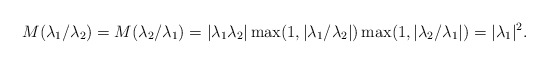
\begin{align*} M(\lambda_1/\lambda_2)=M(\lambda_2/\lambda_1)=|\lambda_1\lambda_2|\max(1,|\lambda_1/\lambda_2|)\max(1,|\lambda_2/\lambda_1|)=|\lambda_1|^2.\end{align*}